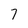
Character: 7